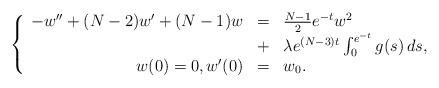
\begin{align*}\left\{ \begin{array}{rcl}-w'' + (N-2)w' + (N-1)w &=& \frac{N-1}{2} e^{-t} w^2 \\&+& \lambda e^{(N-3)t} \int_0^{e^{-t}} g(s) \, ds, \\w(0)=0, w'(0) &=& w_0.\end{array}\right.\end{align*}